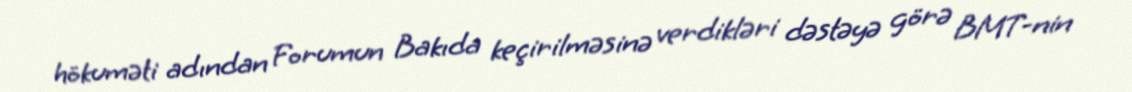
hökuməti adından Forumun Bakıda keçirilməsinə verdikləri dəstəyə görə BMT-nin